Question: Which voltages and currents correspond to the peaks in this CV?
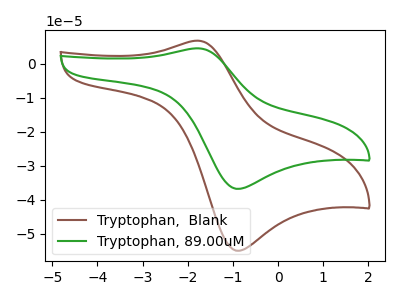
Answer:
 <answer>The brown curve "Tryptophan,  Blank" has an anodic peak at (-1.80V, 6.80uA) and a cathodic peak at (-0.85V, -54.95uA). The green curve "Tryptophan, 89.00uM" has an anodic peak at (-1.80V, 4.55uA) and a cathodic peak at (-0.85V, -36.75uA).</answer>
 <eval></eval>